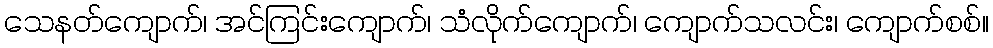
သေနတ်ကျောက်၊ အင်ကြင်းကျောက်၊ သံလိုက်ကျောက်၊ ကျောက်သလင်း၊ ကျောက်စစ်။